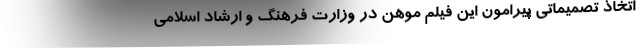
اتخاذ تصمیماتی پیرامون این فیلم موهن در وزارت فرهنگ و ارشاد اسلامی